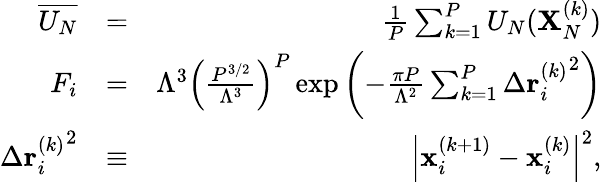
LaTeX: \begin{array}{rlr}{\overline{{U_{N}}}}&{=}&{\frac{1}{P}\sum_{k=1}^{P}U_{N}(\mathbf{X}_{N}^{(k)})}\\ {F_{i}}&{=}&{\Lambda^{3}\left(\frac{P^{3/2}}{\Lambda^{3}}\right)^{P}\exp\left(-\frac{\pi P}{\Lambda^{2}}\sum_{k=1}^{P}\Delta{\mathbf{r}_{i}^{(k)}}^{2}\right)}\\ {\Delta{\mathbf{r}_{i}^{(k)}}^{2}}&{\equiv}&{\left|\mathbf{x}_{i}^{(k+1)}-\mathbf{x}_{i}^{(k)}\right|^{2},}\end{array}